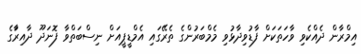
އިމްރާން ދެއްކެވި ވާހަތަކަށް ފާޑުވިދާޅުވި މެމްބަރުންގެ ތެރޭގައި އެމްޑީޕީއަށް ނިސްބަތްވާ ފޮނަދޫ ދާއިރާަގެ